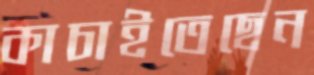
কাচাইতেছেন